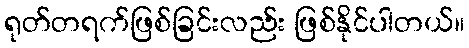
ရုတ်တရက်ဖြစ်ခြင်းလည်း ဖြစ်နိုင်ပါတယ်။